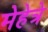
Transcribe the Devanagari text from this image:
मेहेत्रे